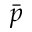
\Bar { p }